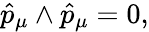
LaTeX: \hat{p}_{\mu}\wedge\hat{p}_{\mu}=0,